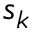
s _ { k }